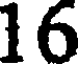
16